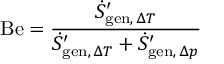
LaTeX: \mathrm { B e } = { \frac { { \dot { S } } _ { \mathrm { g e n } , \, \Delta T } ^ { \prime } } { { \dot { S } } _ { \mathrm { g e n } , \, \Delta T } ^ { \prime } + { \dot { S } } _ { \mathrm { g e n } , \, \Delta p } ^ { \prime } } }